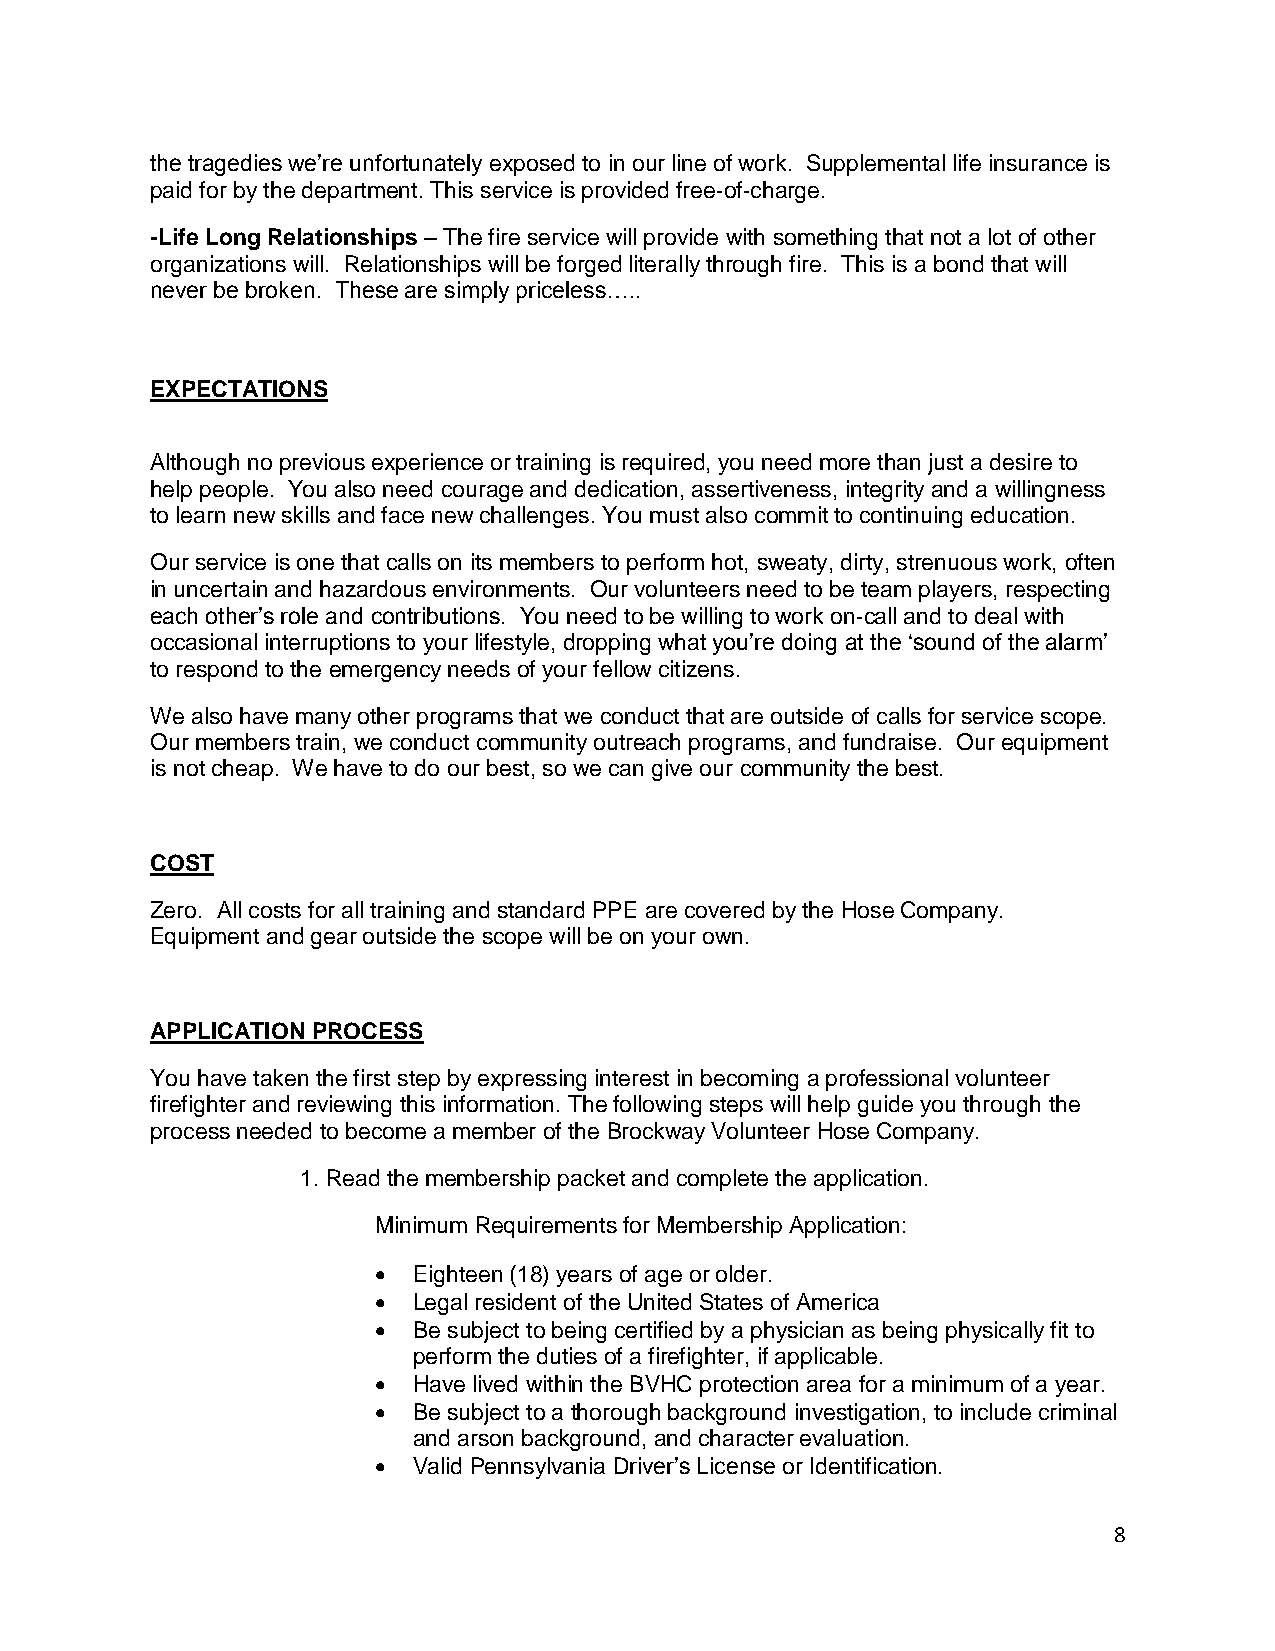
the tragedies we’re unfortunately exposed to in our line of work. Supplemental life insurance is
 paid for by the department. This service is provided free‐of‐charge.
 -Life Long Relationships – The fire service will provide with something that not a lot of other
 organizations will. Relationships will be forged literally through fire. This is a bond that will
 never be broken. These are simply priceless…..
 EXPECTATIONS
 Although no previous experience or training is required, you need more than just a desire to
 help people. You also need courage and dedication, assertiveness, integrity and a willingness
 to learn new skills and face new challenges. You must also commit to continuing education.
 Our service is one that calls on its members to perform hot, sweaty, dirty, strenuous work, often
 in uncertain and hazardous environments. Our volunteers need to be team players, respecting
 each other’s role and contributions. You need to be willing to work on‐call and to deal with
 occasional interruptions to your lifestyle, dropping what you’re doing at the ‘sound of the alarm’
 to respond to the emergency needs of your fellow citizens.
 We also have many other programs that we conduct that are outside of calls for service scope.
 Our members train, we conduct community outreach programs, and fundraise. Our equipment
 is not cheap. We have to do our best, so we can give our community the best.
 COST
 Zero. All costs for all training and standard PPE are covered by the Hose Company.
 Equipment and gear outside the scope will be on your own.
 APPLICATION PROCESS
 You have taken the first step by expressing interest in becoming a professional volunteer
 firefighter and reviewing this information. The following steps will help guide you through the
 process needed to become a member of the Brockway Volunteer Hose Company.
 1. Read the membership packet and complete the application.
 Minimum Requirements for Membership Application:
  Eighteen (18) years of age or older.
  Legal resident of the United States of America
  Be subject to being certified by a physician as being physically fit to
 perform the duties of a firefighter, if applicable.
  Have lived within the BVHC protection area for a minimum of a year.
  Be subject to a thorough background investigation, to include criminal
 and arson background, and character evaluation.
  Valid Pennsylvania Driver’s License or Identification.
 8